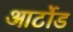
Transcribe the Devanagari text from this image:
आर्टोड